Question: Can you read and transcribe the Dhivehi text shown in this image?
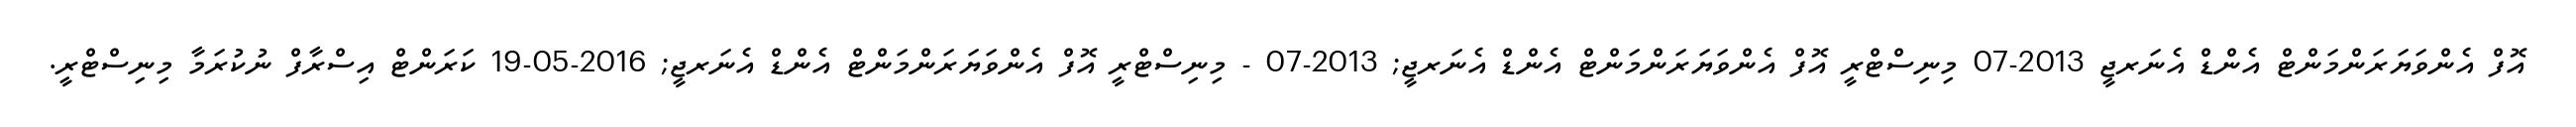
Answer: އޮފް އެންވަޔަރަންމަންޓް އެންޑް އެނަރޖީ 2013-07 މިނިސްޓްރީ އޮފް އެންވަޔަރަންމަންޓް އެންޑް އެނަރޖީ; 2013-07 - މިނިސްޓްރީ އޮފް އެންވަޔަރަންމަންޓް އެންޑް އެނަރޖީ; 2016-05-19 ކަރަންޓް އިސްރާފް ނުކުރަމާ މިނިސްޓްރީ.